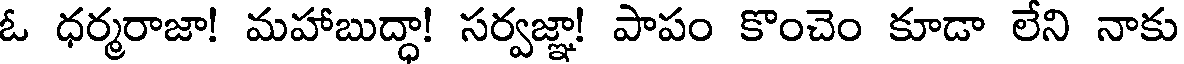
ఓ ధర్మరాజా! మహాబుద్ధా! సర్వజ్ఞా! పాపం కొంచెం కూడా లేని నాకు